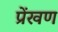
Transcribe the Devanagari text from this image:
प्रेंखण